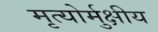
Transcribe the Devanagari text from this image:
मृत्‍योर्मुक्षीय